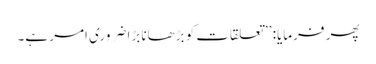
پھر فرمایا: ’’تعلقات کو بڑھانا بڑا ضروری امر ہے۔